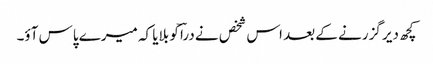
کچھ دیر گزرنے کے بعد اس شخص نے دراؔ کو بلایا کہ میرے پاس آؤ۔